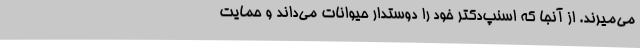
می‌میرند. از آنجا که اسنپ‌دکتر خود را دوستدار حیوانات می‌داند و حمایت